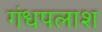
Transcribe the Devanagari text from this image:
गंधपलाश